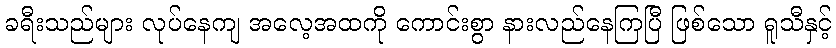
ခရီးသည်များ လုပ်နေကျ အလေ့အထကို ကောင်းစွာ နားလည်နေကြပြီ ဖြစ်သော ရူသီနှင့်